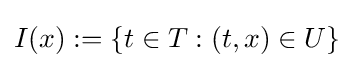
I(x):=\{t\in T:(t,x)\in U\}